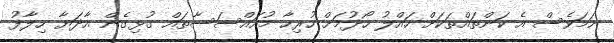
ނަމަވެސް އެ ކަންތައްތަކަށް ހައްލު ހޯދުމަށް ހުރިހާ މުއައްސަސާތައް ގުޅިގެން އާދަޔާ ހިލާފު